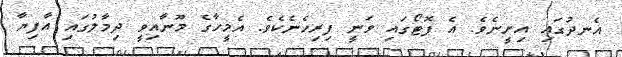
އެނދުގައި އިށީނެވެ. އެ ފޮޓޯގައި ވަނީ ފިރިހެނެކެވެ. އެމީހާގެ މޫނާއިވީ ދިމާލުގައި އާފިޔާ